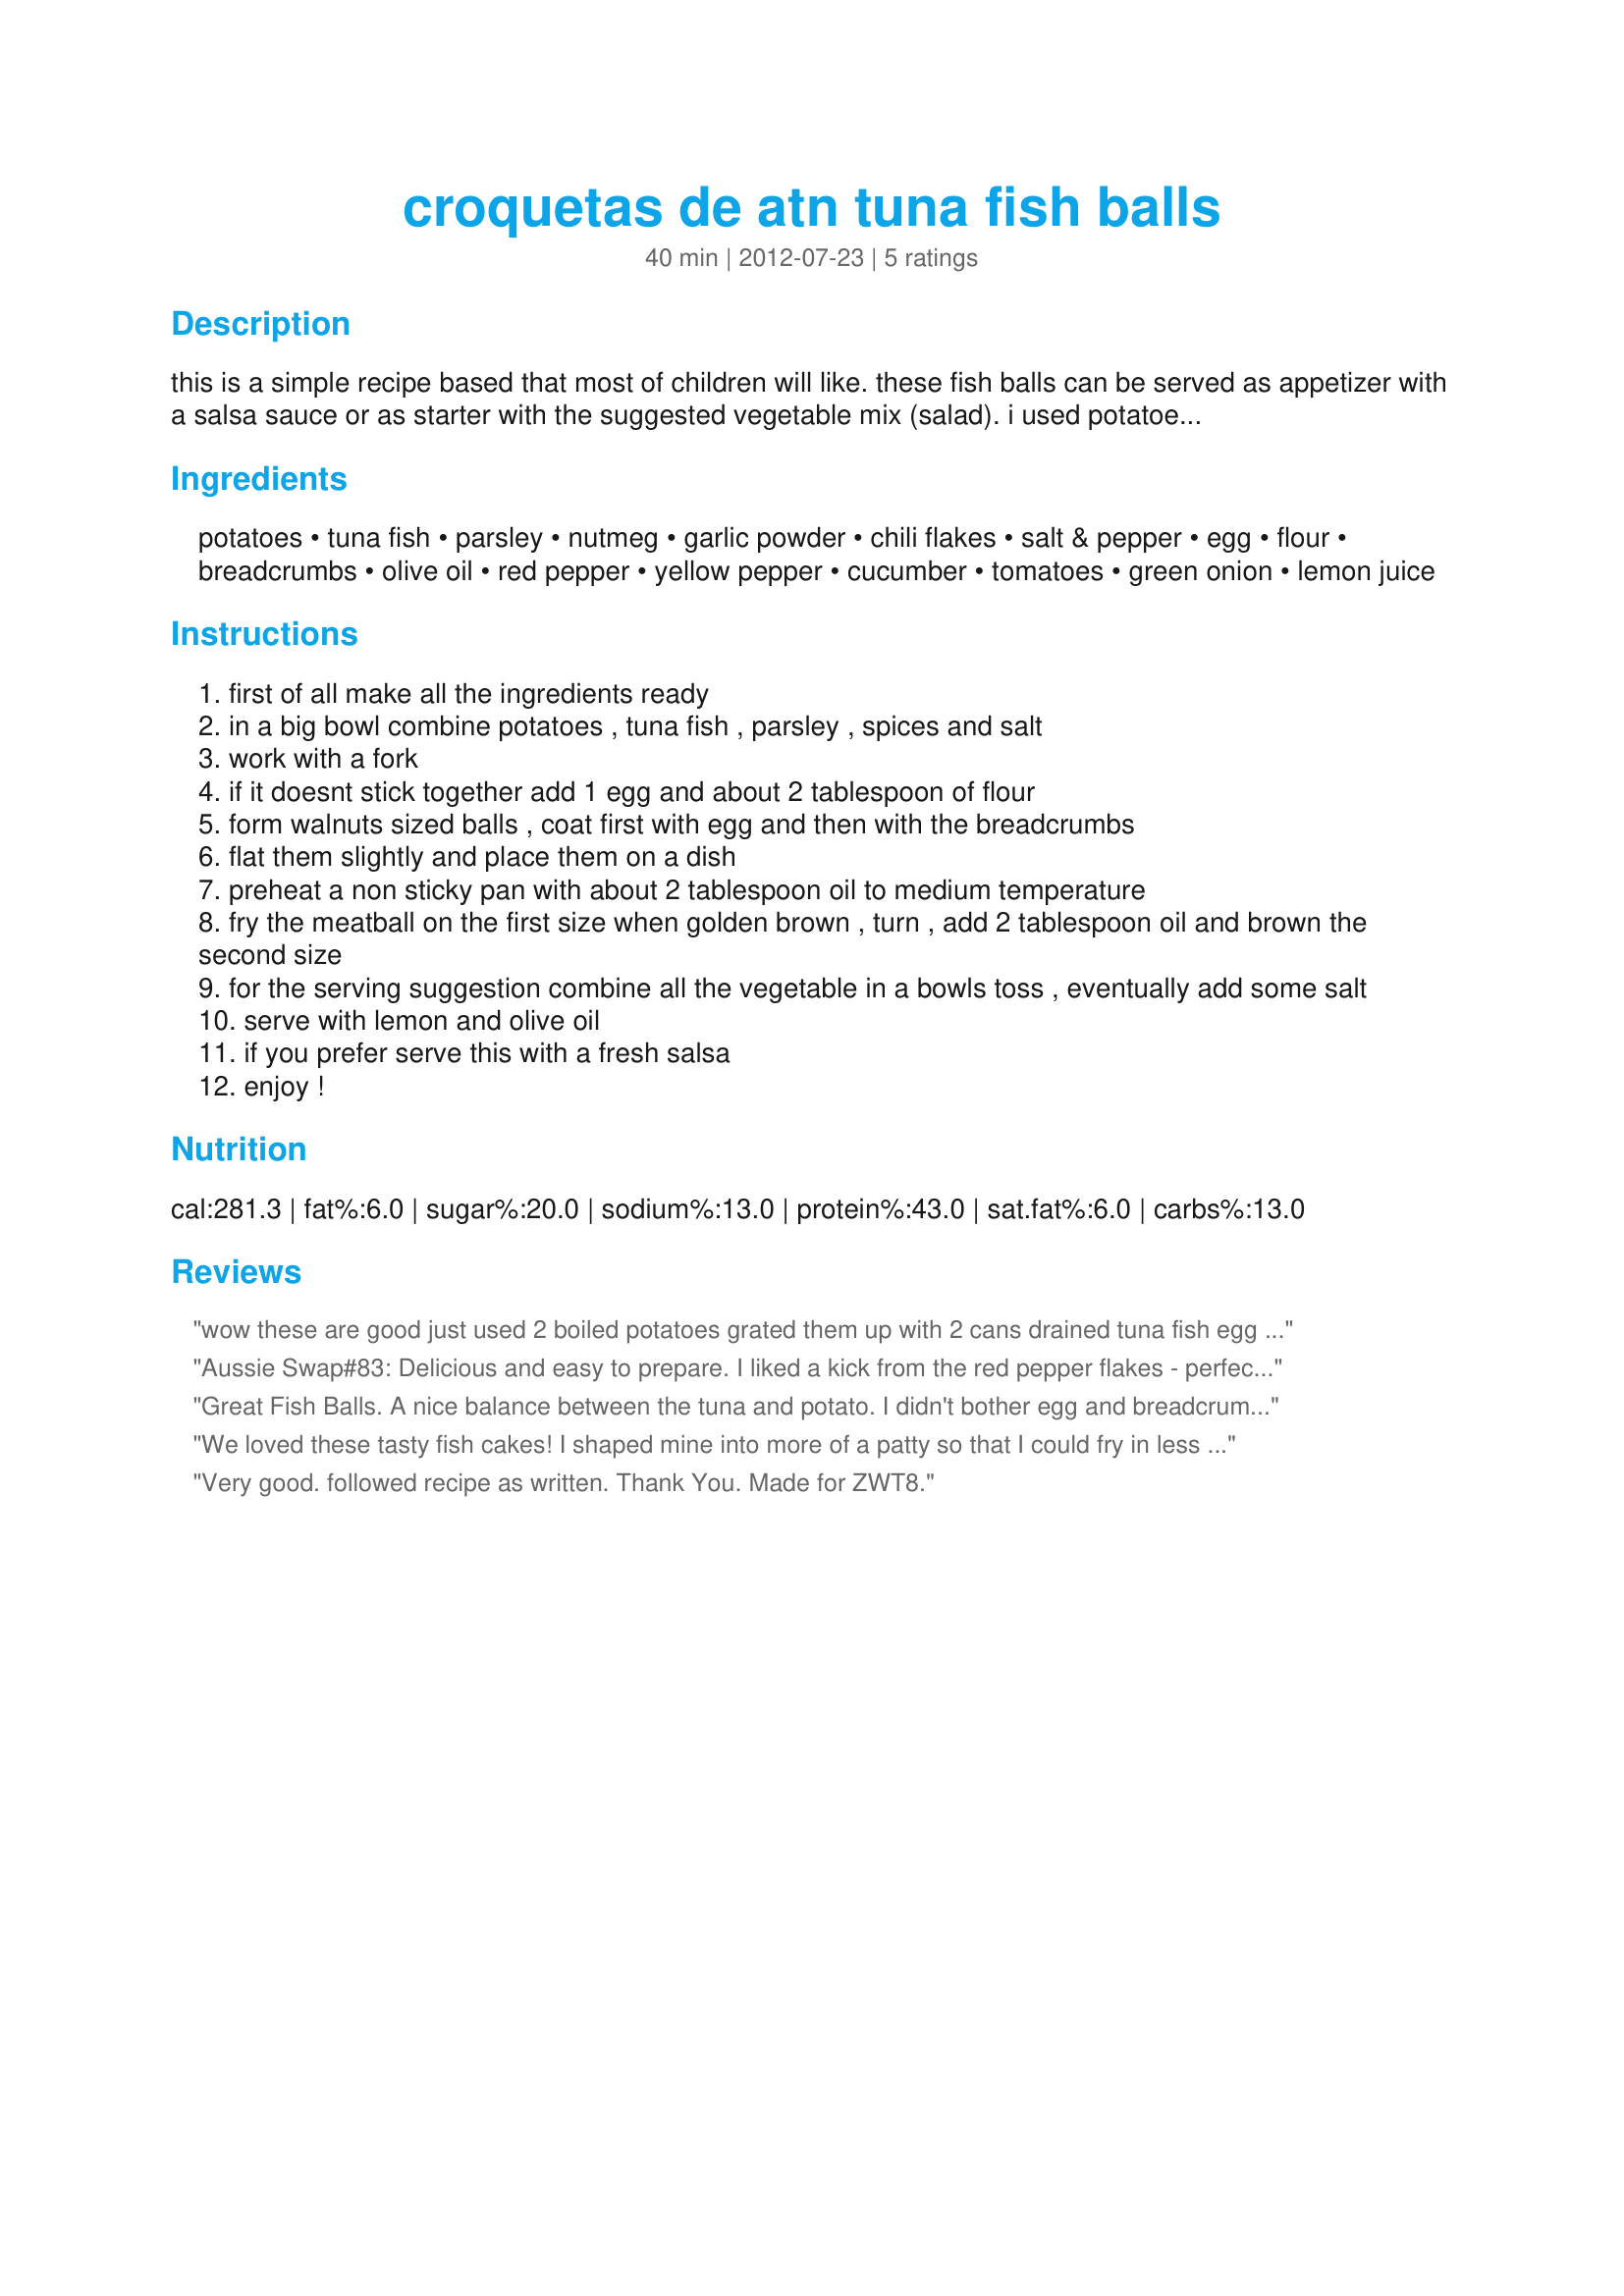
croquetas de atn tuna fish balls
Preparation time: 40 minutes

this is a simple recipe based that most of children will like. these fish balls can be served as appetizer with a salsa sauce or as starter with the suggested vegetable mix (salad).
i used potatoes that after boiling, peeling and mashing they hold together. if you don’t have this kind of potatoes, please add 1 egg and some 2 or tablespoon of flour.

Ingredients:
potatoes, tuna fish, parsley, nutmeg, garlic powder, chili flakes, salt & pepper, egg, flour, breadcrumbs, olive oil, red pepper, yellow pepper, cucumber, tomatoes, green onion, lemon juice

Steps:
first of all make all the ingredients ready
in a big bowl combine potatoes , tuna fish , parsley , spices and salt
work with a fork
if it doesnt stick together add 1 egg and about 2 tablespoon of flour
form walnuts sized balls , coat first with egg and then with the breadcrumbs
flat them slightly and place them on a dish
preheat a non sticky pan with about 2 tablespoon oil to medium temperature
fry the meatball on the first size when golden brown , turn , add 2 tablespoon oil and brown the second size
for the serving suggestion combine all the vegetable in a bowls toss , eventually add some salt
serve with lemon and olive oil
if you prefer serve this with a fresh salsa
enjoy !

Reviews:
wow these are good just used 2 boiled potatoes grated them up with 2 cans drained tuna fish egg and i put the bread crumbs in the mix instead of flour easy and good tasting
Aussie Swap#83: Delicious and easy to prepare. I liked a kick from the red pepper flakes - perfect as an appy or a light lunch!
Great Fish Balls. A nice balance between the tuna and potato. I didn't bother egg and breadcrumbing them. Just flattened the balls a little and fried gently until golden brown on bothe sides. This is a real keeper and makes a great quick mid-week meal. Made for Aussie / Kiwi Swap March 2013.
We loved these tasty fish cakes! I shaped mine into more of a patty so that I could fry in less oil and still get a nice crispy crust. I topped with a sauce of a little sour cream mixed with some salsa. Thanks for sharing the recipe!
Very good. followed recipe as written. Thank You. Made for ZWT8.
